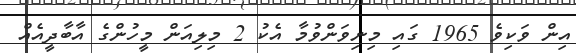
އިން ވަކިވެ 1965 ގައި މިނިވަންވުމާ އެކު 2 މިލިއަން މީހުންގެ އާބާދީއެއް